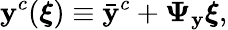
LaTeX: \mathbf{y}^{c}(\boldsymbol{\xi})\equiv\bar{\mathbf{y}}^{c}+\boldsymbol{\Psi}_{\mathbf{y}}\boldsymbol{\xi},